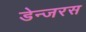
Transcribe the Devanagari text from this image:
डेन्जरस